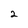
Character: 2